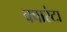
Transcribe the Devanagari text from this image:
क्वारंटा